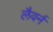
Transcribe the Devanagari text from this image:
लैवर्न